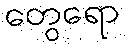
တွေရော